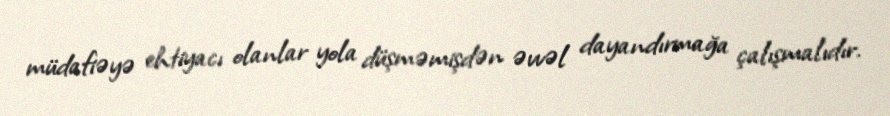
müdafiəyə ehtiyacı olanlar yola düşməmişdən əvvəl dayandırmağa çalışmalıdır.